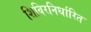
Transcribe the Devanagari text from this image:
शिविरनिर्धारित